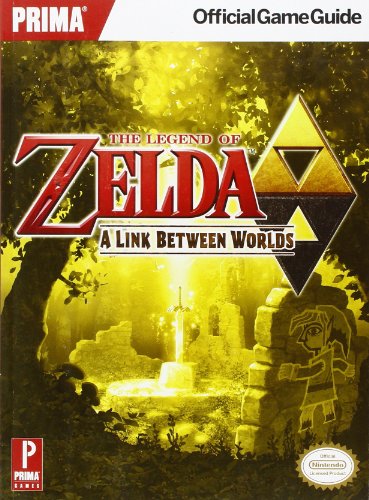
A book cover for The Legend of Zelda: A Link Between Worlds: Prima Official Game Guide (Prima Official Game Guides); Stephen Stratton; Computers & Technology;